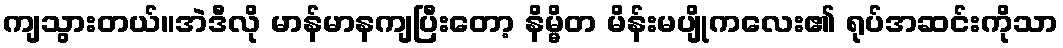
ကျသွားတယ်။အဲဒီလို မာန်မာနကျပြီးတော့ နိမ္မိတ မိန်းမပျိုကလေး၏ ရုပ်အဆင်းကိုသာ